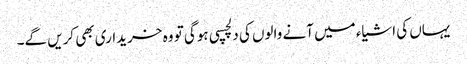
یہاں کی اشیاء میں آنے والوں کی دلچسپی ہوگی تو وہ خریداری بھی کریں گے۔